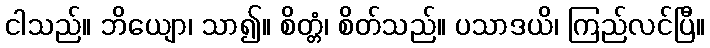
ငါသည်။ ဘိယျော၊ သာ၍။ စိတ္တံ၊ စိတ်သည်။ ပသာဒယိ၊ ကြည်လင်ပြီ။